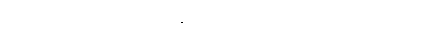
အစ်မတို့ ငယ်ငယ်တုန်းက မီဒီယာတွေ သိပ်မရှိဘူး။